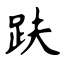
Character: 趺